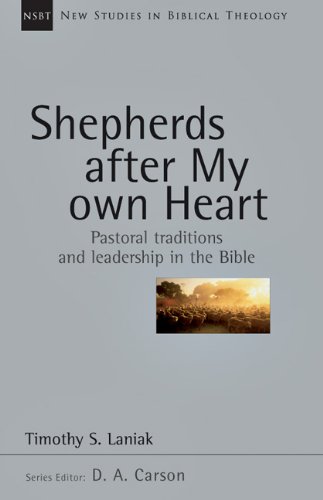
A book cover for Shepherds After My Own Heart: Pastoral Traditions and Leadership in the Bible (New Studies in Biblical Theology); Timothy Laniak; Christian Books & Bibles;